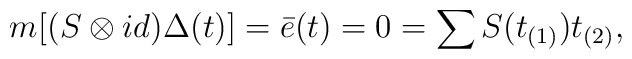
m[(S\otimes id)\Delta(t)]=\bar{e}(t)=0=\sum S(t_{(1)})t_{(2)},